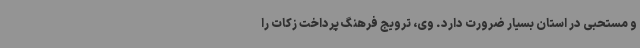
و مستحبی در استان بسیار ضرورت دارد. وی، ترویج فرهنگ پرداخت زکات را